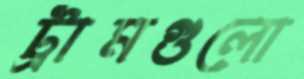
ট্রামগুলো